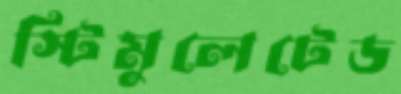
স্টিমুলেটেড